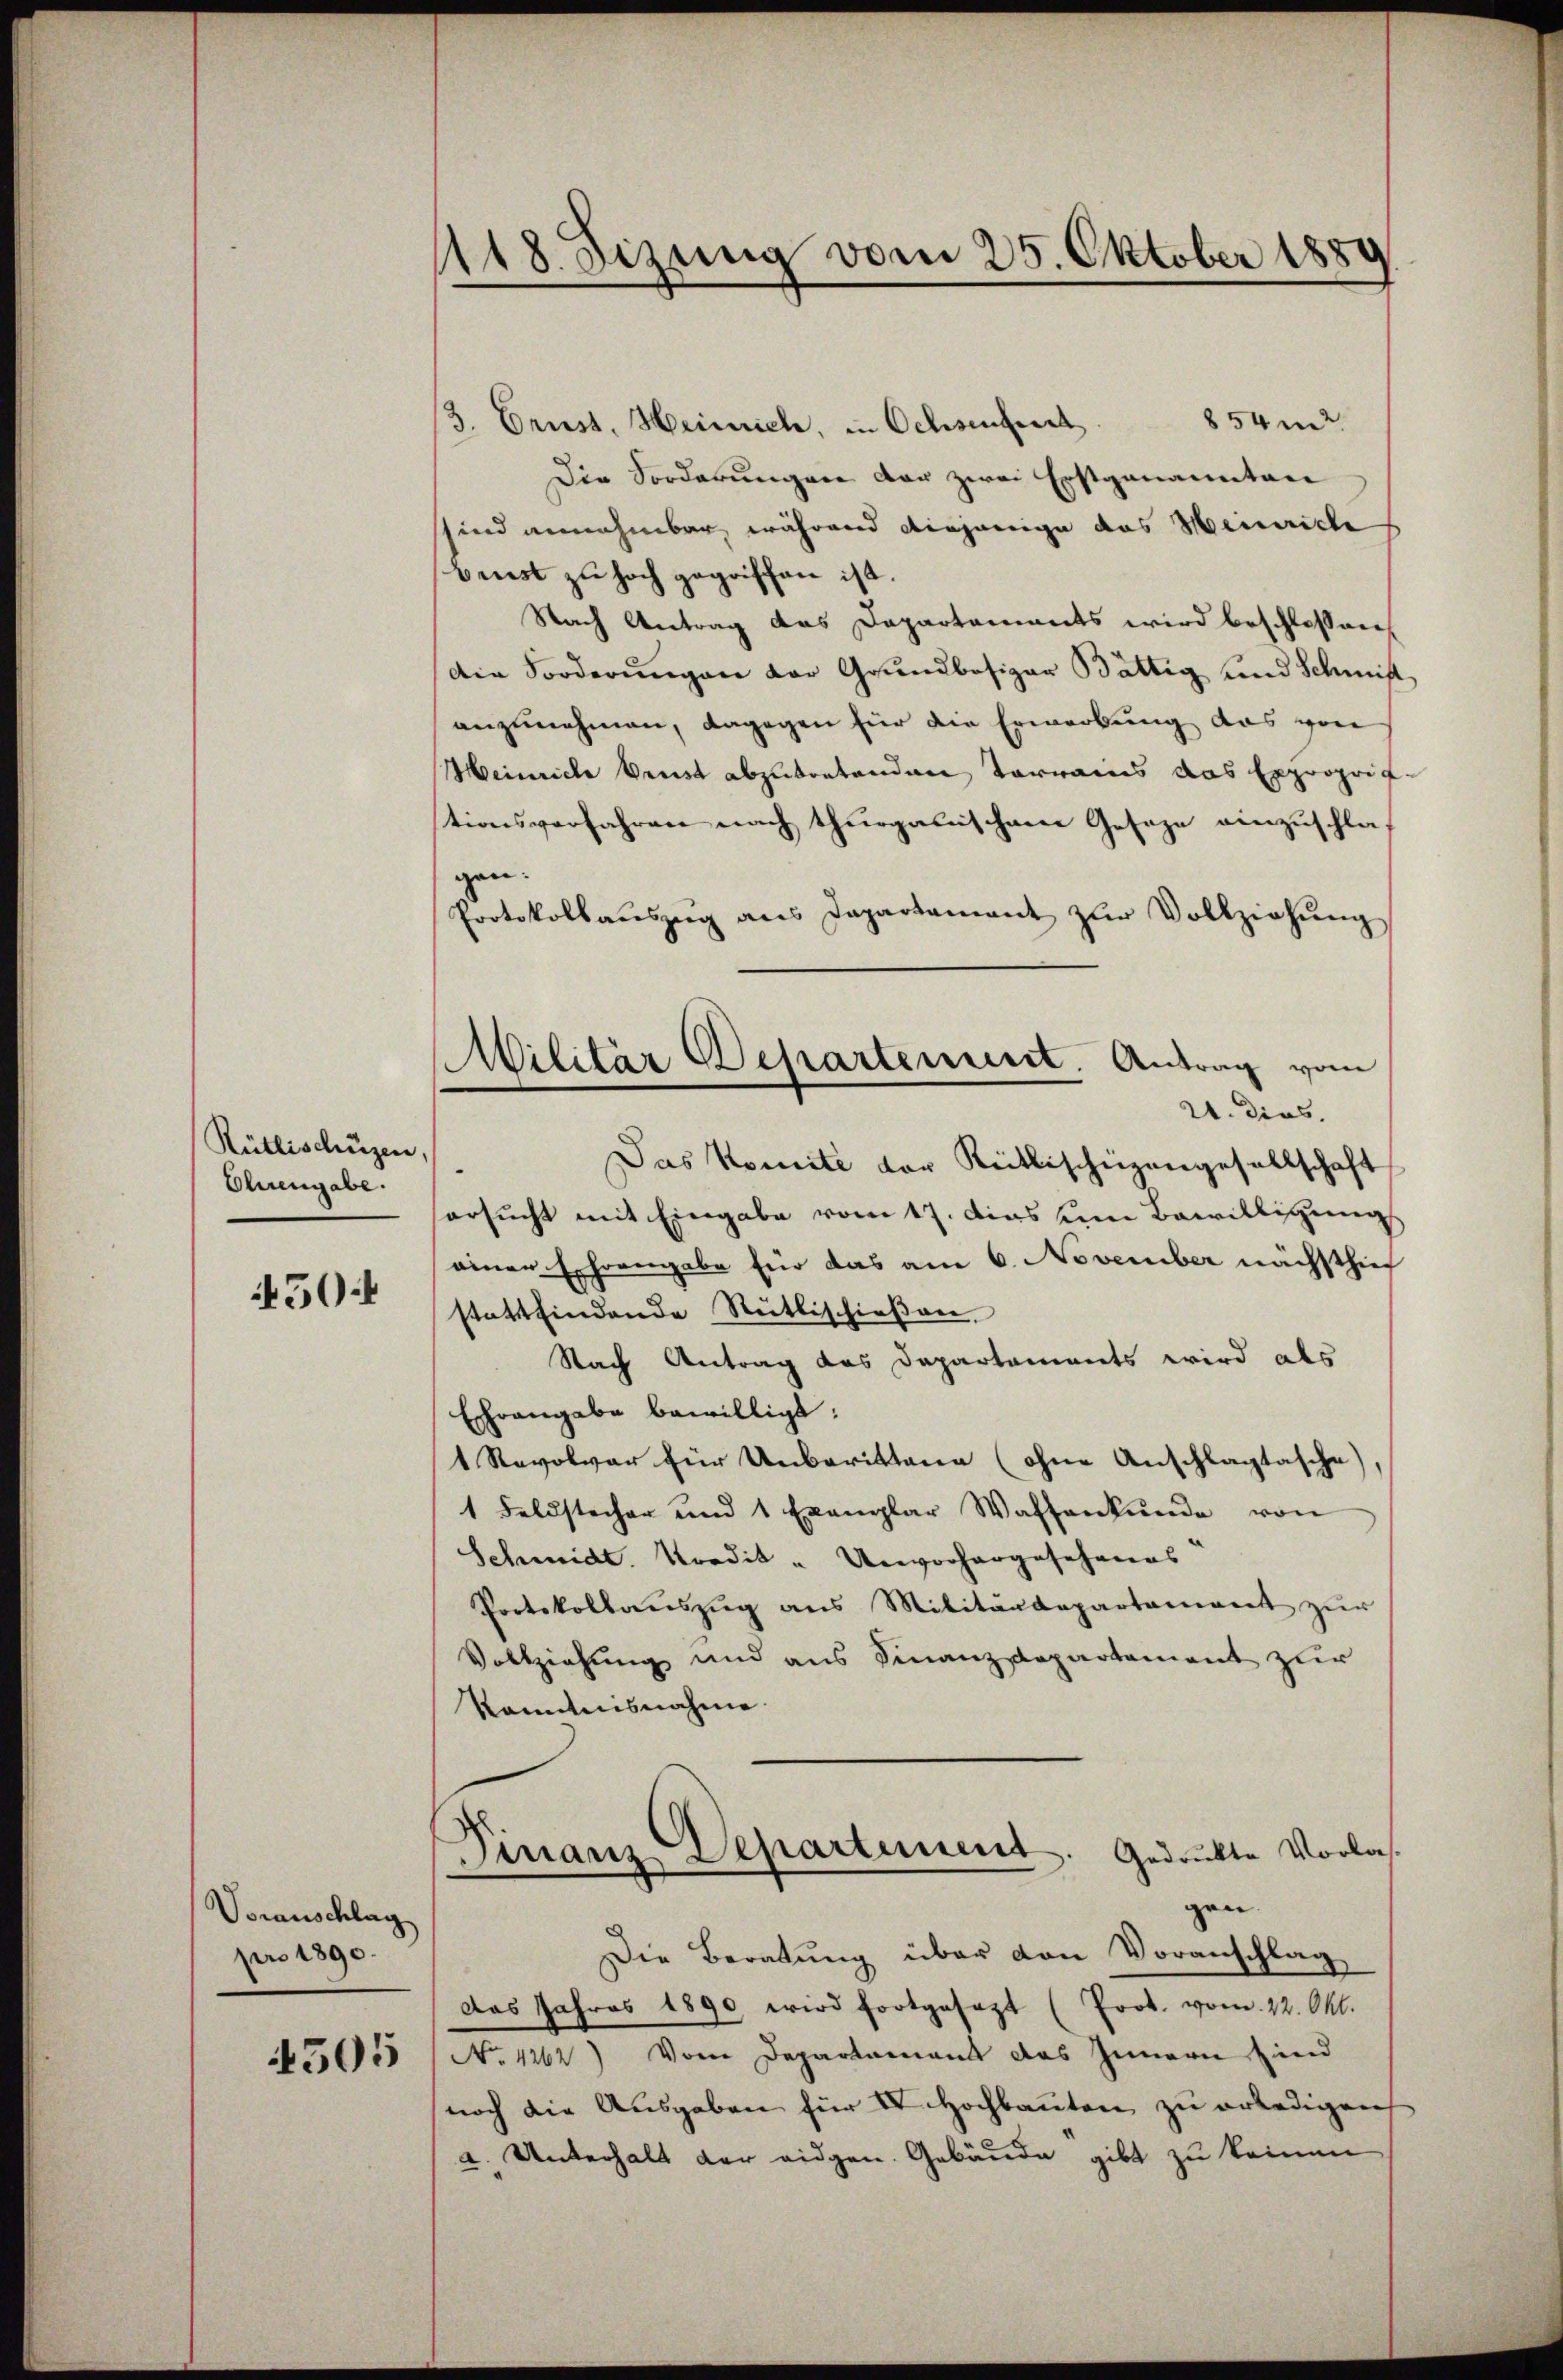
Rütlischüzen,
Ohrengabe.

450

Voranschlag
pro 1890.

505

118. Sizung vom 25. Oktober 1880

Militär Departement. Antrag vom
2. dies.

/3. Gruss. Heinrich, in Ochsenfurt. 854 m2.
Die Forderungen der zwei Erstgenannten
sind annehmbar während diejenige das Heinriche
brust zu hoch gegriffen ist.
Nach Antrag das Departements wird beschlossen
Die Forderŭngen der Grundbesizer Bättig und Schmitt
anzunehmen, dagegen für die Erwerbung das von
Heinrich Brust abzutretenden Vorrains das Exproprif-
tionsverfahren nach thurgauischem Geseze einzuschlagen.
Protokollaŭszŭg ans Dapartament zŭr Vollziehŭng
Das Komite der Reitlischeizengesellschaft
ersucht mit Eingabe vom 17. Das um Bewilligung
einer Ehrengabe für das am 6. November nächsthief
stattfindende Rüttischieβen.
Nach Antrag das Departements wird als
Echrangabe bewilligt:
1 Revolver für Unberittene (ohne Anschlägtasche
1 Feldstecher und 1 Exemplar Waffenkunde von
Schmidt. Nordit " Unvorhergesehenes
Protokollaŭszŭg ans Militärdepartament zŭr
Vollziehung und aus Finanzdepartement zur
kanntnisnahme.
Gedruckte Vorlas
Finanz-Departiment
gen.
Die Beratung über den Voranschlag
das Jahres 1890 wird fortgesezt (Prok. vom 12. Okt.
No 1262) Vom Departement das Innern sind
noch die Ausgaben für IV. Hochbauten zu erledigen
u. Unterhalt der eidgen. Gebäude gibt zu keinen